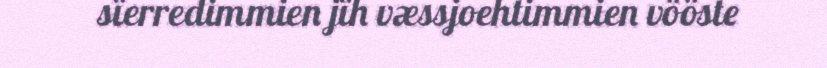
sïerredimmien jïh væssjoehtimmien vööste